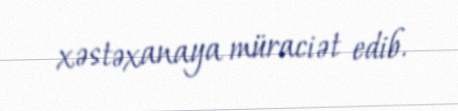
xəstəxanaya müraciət edib.